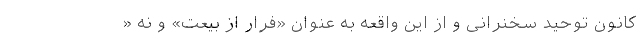
کانون توحید سخنرانی و از این واقعه به عنوان «فرار از بیعت» و نه «